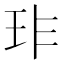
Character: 𤤃